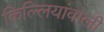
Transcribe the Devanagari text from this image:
किल्लियांवाली